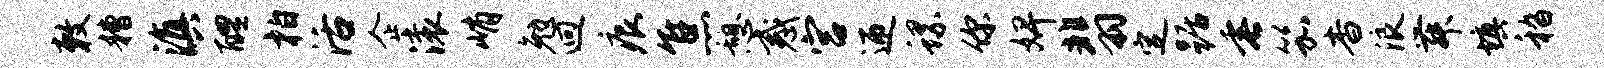
敕糟滇醴柏活企滚峭勉迥痕焦憩惑宫迎螺你婢翡定踞垂笳杳浪舞填嵇